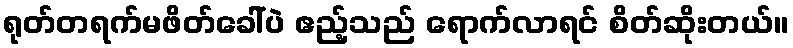
ရုတ်တရက်မဖိတ်ခေါ်ပဲ ဧည့်သည် ရောက်လာရင် စိတ်ဆိုးတယ်။